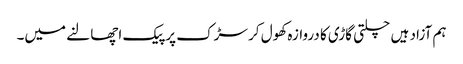
ہم آزاد ہیں چلتی گاڑی کا دروازہ کھول کر سڑک پر پیک اچھالنے میں۔